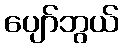
ပျော်ဘွယ်